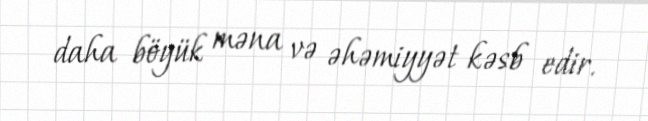
daha böyük məna və əhəmiyyət kəsb edir.